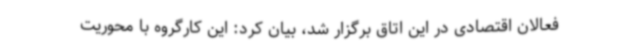
فعالان اقتصادی در این اتاق برگزار شد، بیان کرد: این کارگروه با محوریت